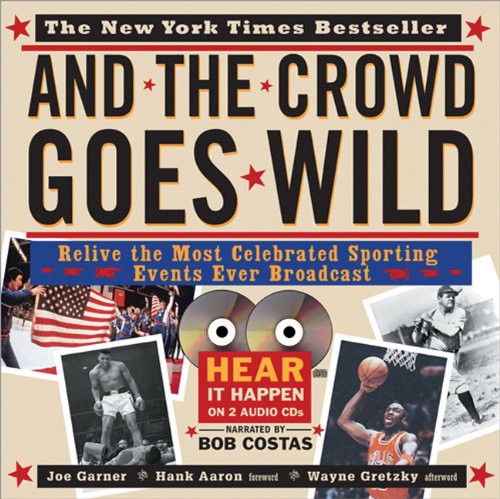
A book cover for And the Crowd Goes Wild: Relive the Most Celebrated Sporting Events Ever Broadcast (Book and 2 Audio CDs); Garner; Sports & Outdoors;